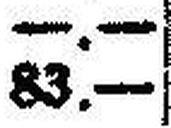
83.—